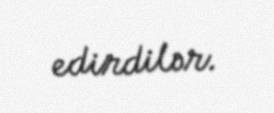
edirdilər.